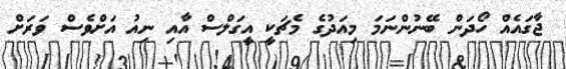
ޖާގައެއް ހޯދަން ބޭނުންނަމަ މިއަދުގެ މެޗަކީ އީގަލްސް އާއި ނިއު އަށްވެސް ވަރަށް